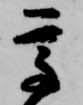
高